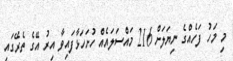
މި މަހު ފަހެއްގެ ނިޔަލަށް 216 މައްސަލައެއް ހުށަހަޅާފައިވާ އިރު އޭގެ ތެރޭގައި